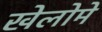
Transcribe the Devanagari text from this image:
खेलोमे